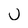
Character: U